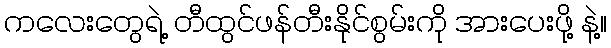
ကလေးတွေရဲ့ တီထွင်ဖန်တီးနိုင်စွမ်းကို အားပေးဖို့ နဲ့။